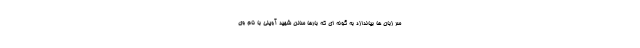
سر زبان ها بیاندازد به گونه ای که بارها سالن شهید آوینی با نام وی